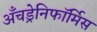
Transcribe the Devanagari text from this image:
अँचड्रेनिफॉर्मिस